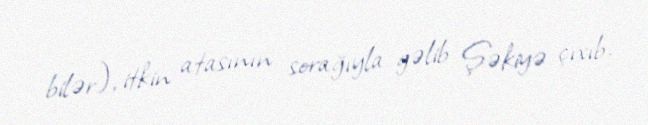
bilər), itkin atasının sorağıyla gəlib Şəkiyə çıxıb.